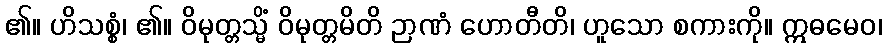
၏။ ဟိသစ္စံ၊ ၏။ ဝိမုတ္တသ္မိံ ဝိမုတ္တမိတိ ဉာဏံ ဟောတီတိ၊ ဟူသော စကားကို။ ဣဓမေဝ၊